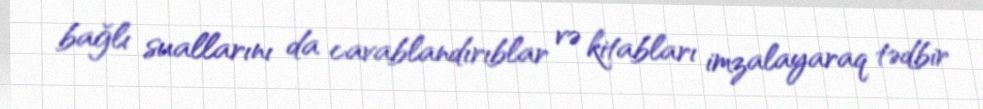
bağlı suallarını da cavablandırıblar və kitabları imzalayaraq tədbir